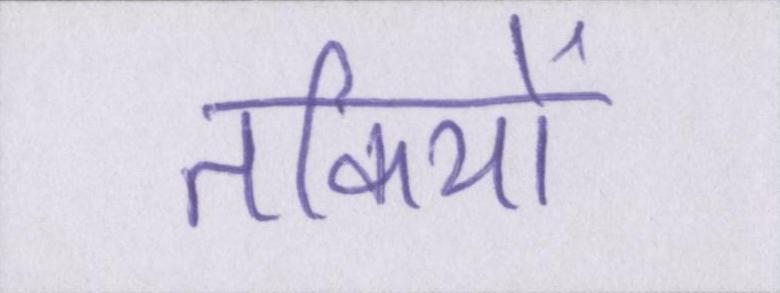
तकियों